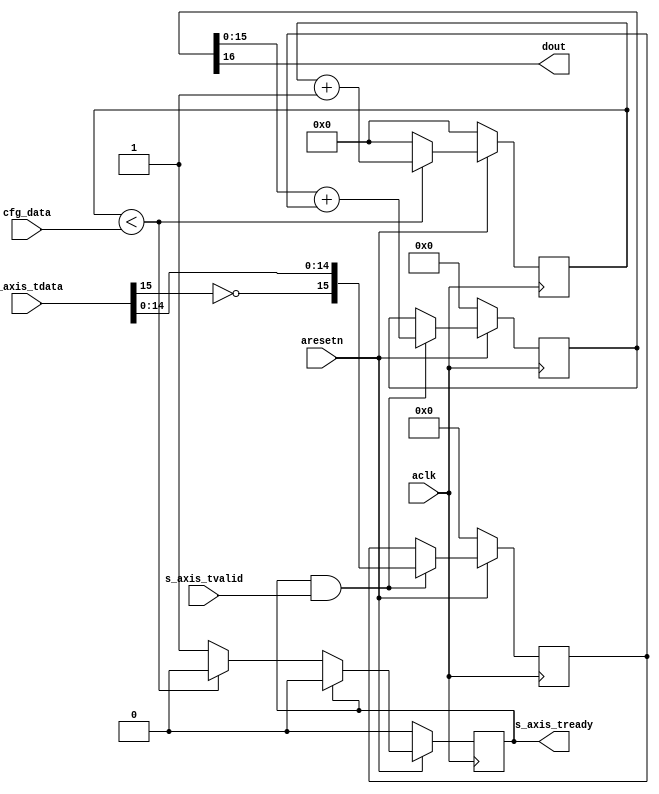
module axis_pdm #
(
  parameter integer AXIS_TDATA_WIDTH = 16,
  parameter integer CNTR_WIDTH = 8
)
(
  // System signals
  input  wire                        aclk,
  input  wire                        aresetn,

  input  wire [CNTR_WIDTH-1:0]       cfg_data,

  // Slave side
  output wire                        s_axis_tready,
  input  wire [AXIS_TDATA_WIDTH-1:0] s_axis_tdata,
  input  wire                        s_axis_tvalid,

  output wire                        dout
);

  reg [CNTR_WIDTH-1:0] int_cntr_reg, int_cntr_next;
  reg [AXIS_TDATA_WIDTH-1:0] int_data_reg, int_data_next;
  reg [AXIS_TDATA_WIDTH:0] int_acc_reg, int_acc_next;
  reg int_tready_reg, int_tready_next;

  always @(posedge aclk)
  begin
    if(~aresetn)
    begin
      int_cntr_reg <= {(CNTR_WIDTH){1'b0}};
      int_data_reg <= {(AXIS_TDATA_WIDTH){1'b0}};
      int_acc_reg <= {(AXIS_TDATA_WIDTH+1){1'b0}};
      int_tready_reg <= 1'b0;
    end
    else
    begin
      int_cntr_reg <= int_cntr_next;
      int_data_reg <= int_data_next;
      int_acc_reg <= int_acc_next;
      int_tready_reg <= int_tready_next;
    end
  end

  always @*
  begin
    int_cntr_next = int_cntr_reg;
    int_data_next = int_data_reg;
    int_acc_next = int_acc_reg;
    int_tready_next = int_tready_reg;

    if(int_cntr_reg < cfg_data)
    begin
      int_cntr_next = int_cntr_reg + 1'b1;
    end
    else
    begin
      int_cntr_next = {(CNTR_WIDTH){1'b0}};
      int_tready_next = 1'b1;
    end

    if(int_tready_reg)
    begin
      int_tready_next = 1'b0;
    end

    if(int_tready_reg & s_axis_tvalid)
    begin
      int_data_next = {~s_axis_tdata[AXIS_TDATA_WIDTH-1], s_axis_tdata[AXIS_TDATA_WIDTH-2:0]};
      int_acc_next = int_acc_reg[AXIS_TDATA_WIDTH-1:0] + int_data_reg;
    end
  end

  assign s_axis_tready = int_tready_reg;

  assign dout = int_acc_reg[AXIS_TDATA_WIDTH];

endmodule